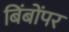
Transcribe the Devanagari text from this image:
बिंबोंपर